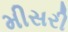
મીસરી